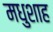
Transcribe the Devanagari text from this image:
मधुशाह